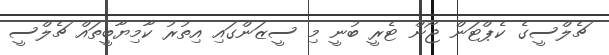
ޗެލްސީގެ ކެޕްޓަން ޖޯން ޓެރީ ބުނީ މި ސީޒަންގައި އިތުރު ކާމިޔާބީތައް ޗެލްސީ